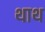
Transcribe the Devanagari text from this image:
थाथ